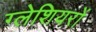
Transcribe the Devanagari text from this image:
ग्‍लेशियरों